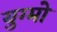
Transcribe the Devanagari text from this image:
युग्मो